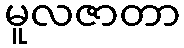
မူလဇာတာ